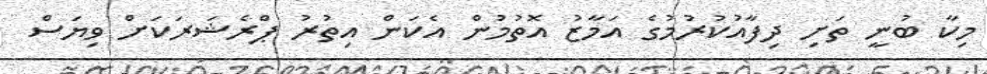
މިކާ ބުނީ ތަށި ދިފާއުކުރުމުގެ އަމާޒު އޮތުމުން އެކަން އިތުރު ޕްރެޝަރަކަށް ވިޔަސް